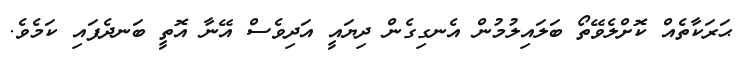
ޙަރަކާތެއް ކޮށްލެވޭތޯ ބަލައިލުމުން އެނގިގެން ދިޔައީ އަދިވެސް އޭނާ އޮތީ ބަނދެފައި ކަމެވެ.